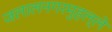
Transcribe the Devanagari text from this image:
जलालनगरमुहल्ले